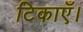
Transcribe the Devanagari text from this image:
टिकाएँ।